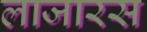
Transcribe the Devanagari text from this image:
लाजारस